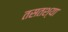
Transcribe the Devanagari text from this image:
तसतश्या